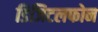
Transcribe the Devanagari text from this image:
डिजिटलफोन